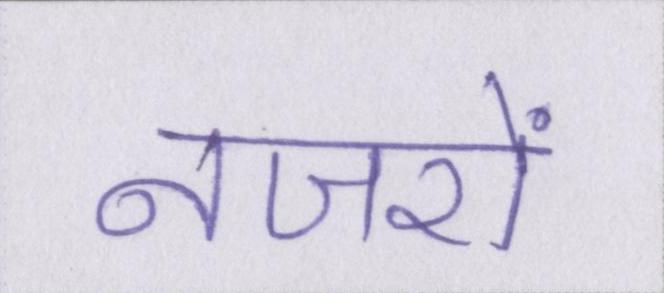
नजरों